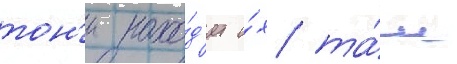
тон'и нахо́д'ит и́х та́м